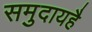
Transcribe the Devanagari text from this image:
समुदायहै